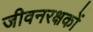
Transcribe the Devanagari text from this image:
जीवनरक्षकों